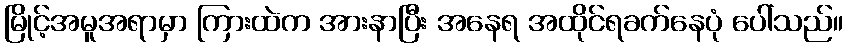
မြိုင့်အမူအရာမှာ ကြားထဲက အားနာပြီး အနေရ အထိုင်ရခက်နေပုံ ပေါ်သည်။